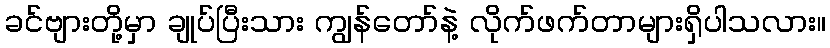
ခင်ဗျားတို့မှာ ချုပ်ပြီးသား ကျွန်တော်နဲ့ လိုက်ဖက်တာများရှိပါသလား။